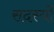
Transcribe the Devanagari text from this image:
सदस्याें